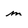
Character: m